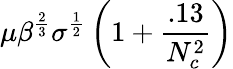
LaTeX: \mu\beta^{\frac{2}{3}}\sigma^{\frac{1}{2}}\left(1+\frac{.13}{N_{c}^{2}}\right)